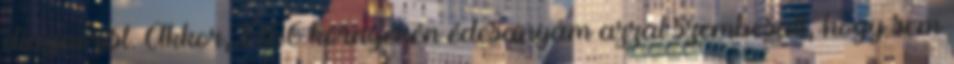
diagnózist. Akkor, 1986 környékén édesanyám azzal szembesült, hogy sem